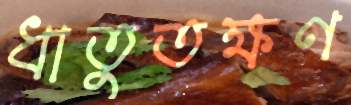
ধাতুতক্ষণ